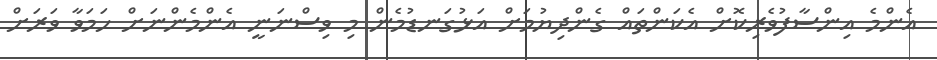
އެންމެ އިންސާފުވެރިކޮށް އެކަންތައް ގެންދިޔުމަށް އަޅުގަނޑުމެން މި ވިސްނަނީ އެންމެންނަށް ހަމަވާ ވަރަށް